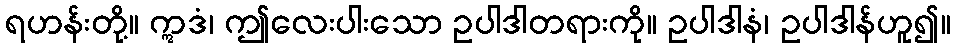
ရဟန်းတို့။ ဣဒံ၊ ဤလေးပါးသော ဥပါဒါတရားကို။ ဥပါဒါနံ၊ ဥပါဒါန်ဟူ၍။